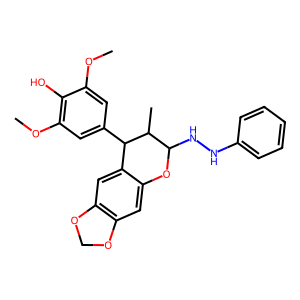
SMILES: COc1cc(C2c3cc4c(cc3OC(NNc3ccccc3)C2C)OCO4)cc(OC)c1O
Inhibits HIV replication: No